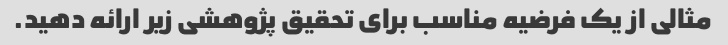
مثالی از یک فرضیه مناسب برای تحقیق پژوهشی زیر ارائه دهید.